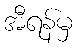
အီရန်မှ